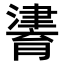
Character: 𤀷